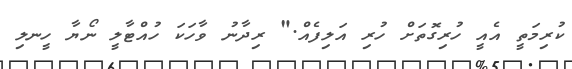
ކުރިމަތީ އެއީ ހުރިގޮތަށް ހުރި އަލިފެއް." ރިދާނު ވާހަކަ ހުއްޓާލީ ނޯޔާ ހީނލި